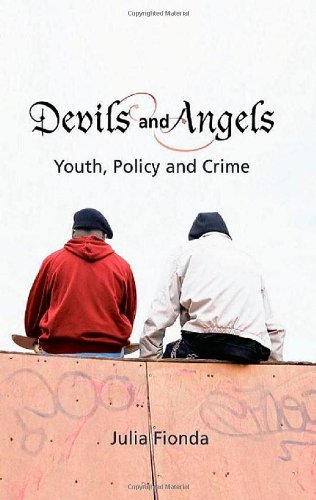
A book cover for Devils and Angels: Youth, Policy and Crime; Julia Fionda; Law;